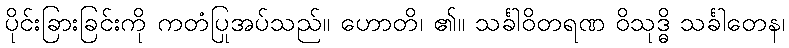
ပိုင်းခြားခြင်းကို ကတံပြုအပ်သည်။ ဟောတိ၊ ၏။ သင်္ခါဝိတရဏ ဝိသုဒ္ဓိ သင်္ခါတေန၊